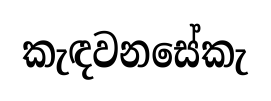
කැඳවනසේකැ